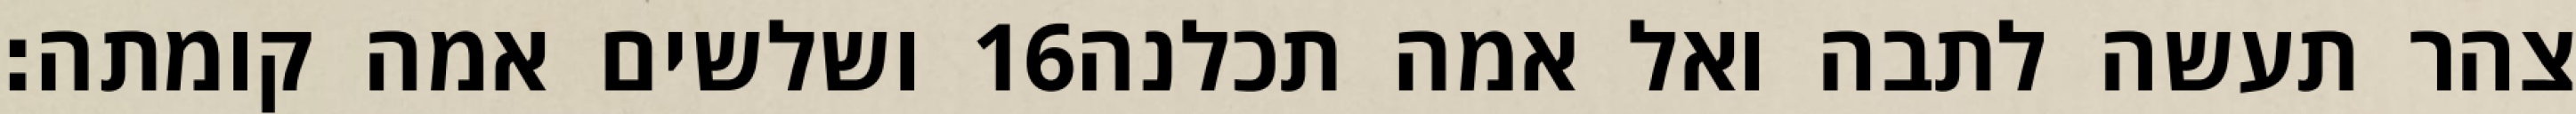
ושלשים אמה קומתה׃ ‎16‏ צהר תעשה לתבה ואל אמה תכלנה